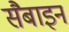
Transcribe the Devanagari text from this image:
सैबाइन